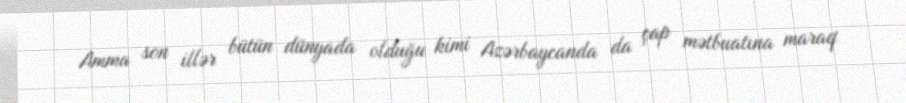
Amma son illər bütün dünyada olduğu kimi Azərbaycanda da çap mətbuatına maraq